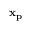
\bf { x _ { p } }